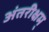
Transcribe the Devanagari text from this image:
अंतरीक्षम्